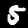
Digit: 5